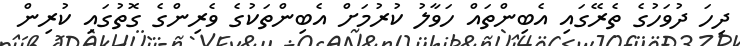
ދިހަ ދުވަހުގެ ތެރޭގައި އެބިންތައް ހަވާލު ކުރުމަށް އެބިންތަކުގެ ވެރިންގެ ގޮތުގައި ކުރިން